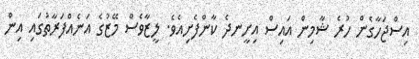
އިސްޖަހާގެން ހުރެ ޝާމިން އައިސް އިށީނދެ ކާންފެށިއެވެ. ލީޒާވެސް މޭޒުގެ އަނެއްފަރާތުގައި އިން